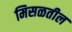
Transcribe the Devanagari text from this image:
मिसळतील